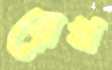
রেখ